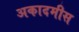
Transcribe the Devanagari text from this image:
अकादमीस